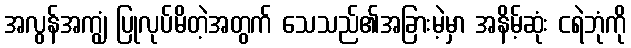
အလွန်အကျွံ ပြုလုပ်မိတဲ့အတွက် သေသည်၏အခြားမဲ့မှာ အနိမ့်ဆုံး ငရဲဘုံကို